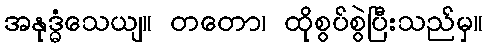
အနုဒ္ဓံသေယျ။ တတော၊ ထိုစွပ်စွဲပြီးသည်မှ။